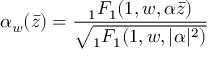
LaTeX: \alpha _ { w } ( \bar { z } ) = \frac { { } _ { 1 } F _ { 1 } ( 1 , w , \alpha \bar { z } ) } { \sqrt { { } _ { 1 } F _ { 1 } ( 1 , w , \vert \alpha \vert ^ { 2 } ) } }